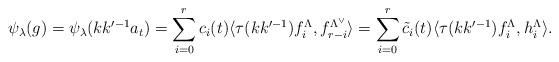
LaTeX: \begin{align*}\psi_\lambda(g)=\psi_\lambda(kk'^{-1}a_t)=\sum^r_{i=0}c_i(t)\langle\tau(kk'^{-1})f^\Lambda_i, f^{\Lambda^\vee}_{r-i}\rangle=\sum^r_{i=0}\tilde{c}_i(t)\langle\tau(kk'^{-1})f^\Lambda_i, h^\Lambda_i\rangle.\end{align*}